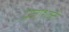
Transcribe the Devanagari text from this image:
प्रजाशक्ती